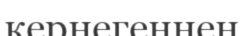
кернегеннен